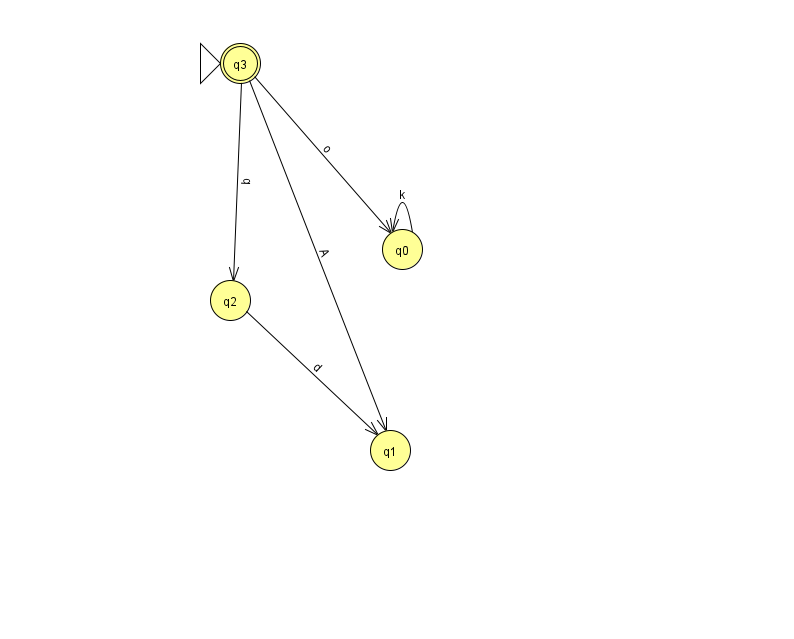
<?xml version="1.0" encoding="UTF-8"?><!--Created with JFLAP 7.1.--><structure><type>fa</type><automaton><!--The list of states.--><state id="0" name="q0"><x>402.0</x><y>236.0</y></state><state id="1" name="q1"><x>390.0</x><y>437.0</y></state><state id="2" name="q2"><x>230.0</x><y>287.0</y></state><state id="3" name="q3"><x>240.0</x><y>50.0</y><initial/><final/></state><!--The list of transitions.--><transition><from>3</from><to>1</to><read>A</read></transition><transition><from>3</from><to>0</to><read>o</read></transition><transition><from>2</from><to>1</to><read>d</read></transition><transition><from>0</from><to>0</to><read>k</read></transition><transition><from>3</from><to>2</to><read>b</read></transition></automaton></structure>